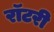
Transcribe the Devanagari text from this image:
रॉटरी